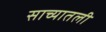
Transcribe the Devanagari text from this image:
साच्यातली